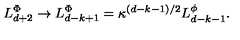
L _ { d + 2 } ^ { \Phi } \rightarrow L _ { d - k + 1 } ^ { \Phi } = \kappa ^ { \left( d - k - 1 \right) / 2 } L _ { d - k - 1 } ^ { \phi } .